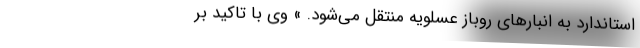
استاندارد به انبارهای روباز عسلویه منتقل می‌شود. » وی با تاکید بر